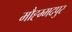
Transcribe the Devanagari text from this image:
मौह्म्मदपुर